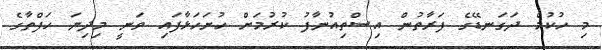
މި ހުކުމް ދަގަނޑޭގެ ފަރާތުން އިސްތިއުނާފު ކުރުމަށް ހުށަހަޅާފައި ވަނީ މިދިޔަ ހަފްތާގެ